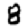
Digit: 8